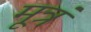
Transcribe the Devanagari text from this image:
मूत्रं